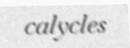
calycles